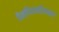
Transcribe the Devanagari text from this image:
चैम्पियनशिपबन